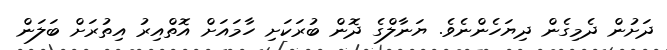
ދަށުން ދެމިގެން ދިޔަހެންނެވެ. ޔަނާލްގެ ދޮން ބުރަކަށި ހާމައަށް އޮތްއިރު އިތުރަށް ބަލަން